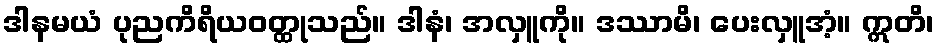
ဒါနမယံ ပုညကိရိယဝတ္ထုသည်။ ဒါနံ၊ အလှူကို။ ဒဿာမိ၊ ပေးလှူအံ့။ ဣတိ၊